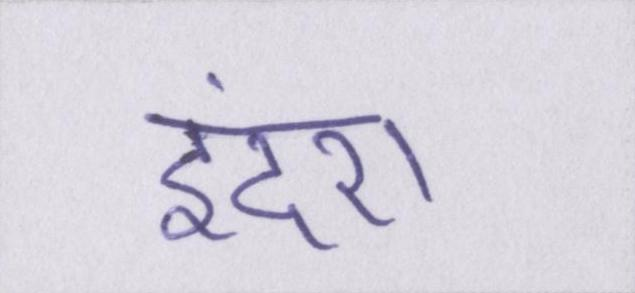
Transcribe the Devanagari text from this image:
इंदरा